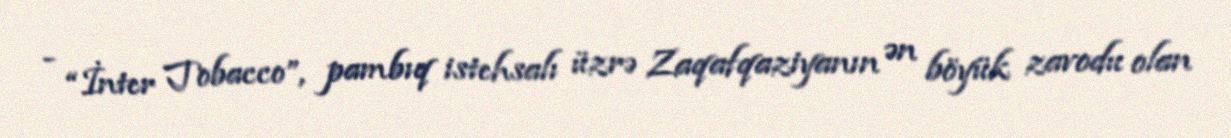
- “İnter Tobacco”, pambıq istehsalı üzrə Zaqafqaziyanın ən böyük zavodu olan